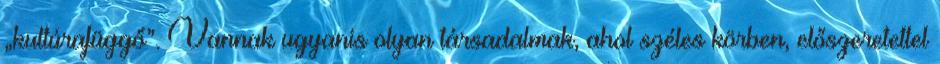
„kultúrafüggő”. Vannak ugyanis olyan társadalmak, ahol széles körben, előszeretettel